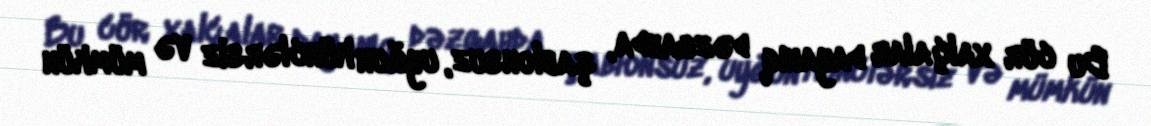
Bu cür xalçalar dayanıq dəzgahda, şablonsuz, uyğun künclərsiz və mümkün